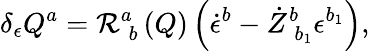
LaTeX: \delta_{\epsilon}Q^{a}=\mathcal{R}_{\; b}^{a}\left(Q\right)\left(\dot{{\epsilon}}^{b}-\dot{{Z}}_{\; b_{1}}^{b}\epsilon^{b_{1}}\right),